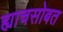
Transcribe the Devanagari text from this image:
ह्याचसोबत